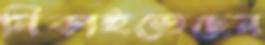
নিকাইতেছেন